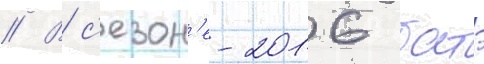
// В с'езон'е-2016 батэ